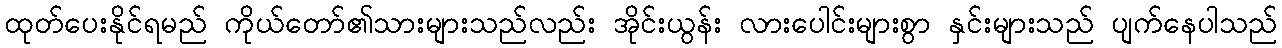
ထုတ်ပေးနိုင်ရမည် ကိုယ်တော်၏သားများသည်လည်း အိုင်းယွန်း လားပေါင်းများစွာ နှင်းများသည် ပျက်နေပါသည်